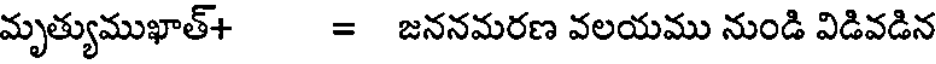
మృత్యుముఖాత్+ = జననమరణ వలయము నుండి విడివడిన